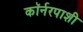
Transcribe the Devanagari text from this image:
कॉर्नरपाशी